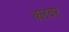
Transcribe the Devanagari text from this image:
क्लवर